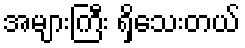
အများကြီး ရှိသေးတယ်